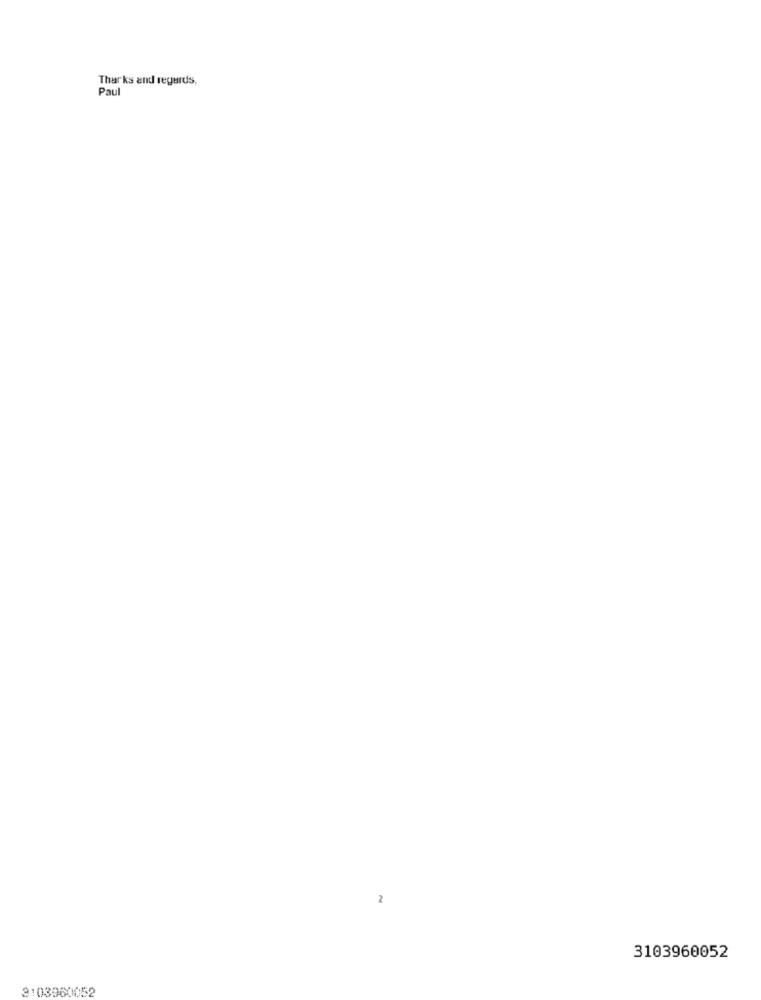
Tharks and regards,
Paul
2
3103960052
3:03960052